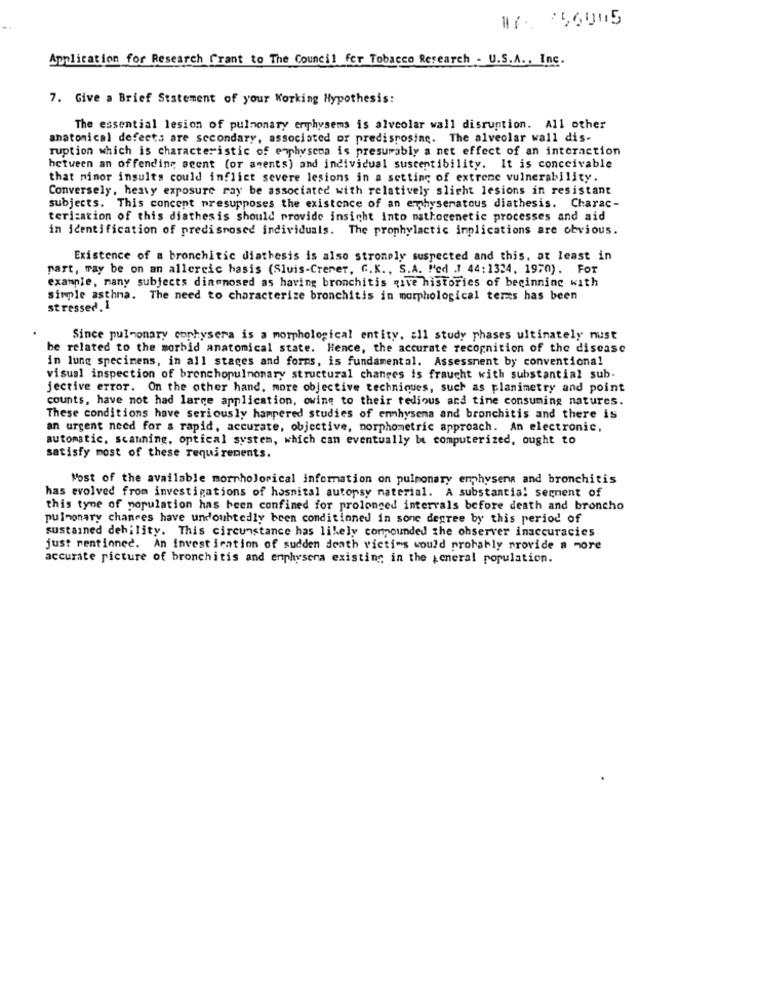
#7. 56005
Application for Research Frant to The Council for Tobacco Research - U.S.A ., Inc.
7. Give a Brief Statement of your Working Hypothesis:
The essential lesion of pulmonary erphysems is alveolar wall disruption. All other
anatomical defects are secondary, associated or predisposing. The alveolar wall dis-
ruption which is characteristic of emphysema is presumably a net effect of an interaction
between an offending seent (or aments) and individual susceptibility. It is conceivable
that minor insults could inflict severe lesions in a setting of extreme vulnerability.
Conversely, heavy exposure ray be associated with relatively slicht lesions in resistant
subjects. This concept presupposes the existence of an emphysematous diathesis. Charac-
terization of this diathesis should provide insight into mathogenetic processes and aid
in identification of predisposed individuals. The prophylactic implications are obvious.
Existence of a bronchitic diathesis is also stromply suspected and this, at least in
part, may be on an allergic hasis (Sluis-Crener, G.K ., S.A. "'ed .J 44:1324, 1970). FOT
example, many subjects dinenosed as having bronchitis qive histories of beginning with
simple asthma. The need to characterize bronchitis in morphological terms has been
stressed. 1
Since pulmonary cophysera is a morphological entity, all study phases ultimately must
be related to the morbid anatomical state. Hence, the accurate recognition of the disease
in lung specimens, in all stages and forms, is fundamental. Assessment by conventional
visual inspection of bronchopulmonary structural changes is fraught with substantial sub.
jective ETTOT. On the other hand, more objective techniques, such as planimetry and point
counts, have not had large application, owine to their tedious and time consuming natures.
These conditions have seriously hampered studies of ennhysema and bronchitis and there is
an urgent need for a rapid, accurate, objective, morphometric approach. An electronic,
automatic, scanning, optical system, which can eventually bt computerized, ought to
satisfy most of these requirements.
Most of the available morpholorical information on pulmonary emphysema and bronchitis
has evolved from investigations of hospital autopsy material. A substantial segment of
this tyne of population has been confined for prolonged intervals before death and broncho
pulmonary chances have undoubtedly been conditioned in sone degree by this period of
sustained debility. This circumstance has likely compounded the observer inaccuracies
just mentioned. An invest iention of sudden death victims would probably provide a more
accurate picture of bronchitis and enphysera existing in the general population.